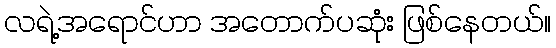
လရဲ့အရောင်ဟာ အတောက်ပဆုံး ဖြစ်နေတယ်။